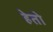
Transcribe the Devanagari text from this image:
हेतो